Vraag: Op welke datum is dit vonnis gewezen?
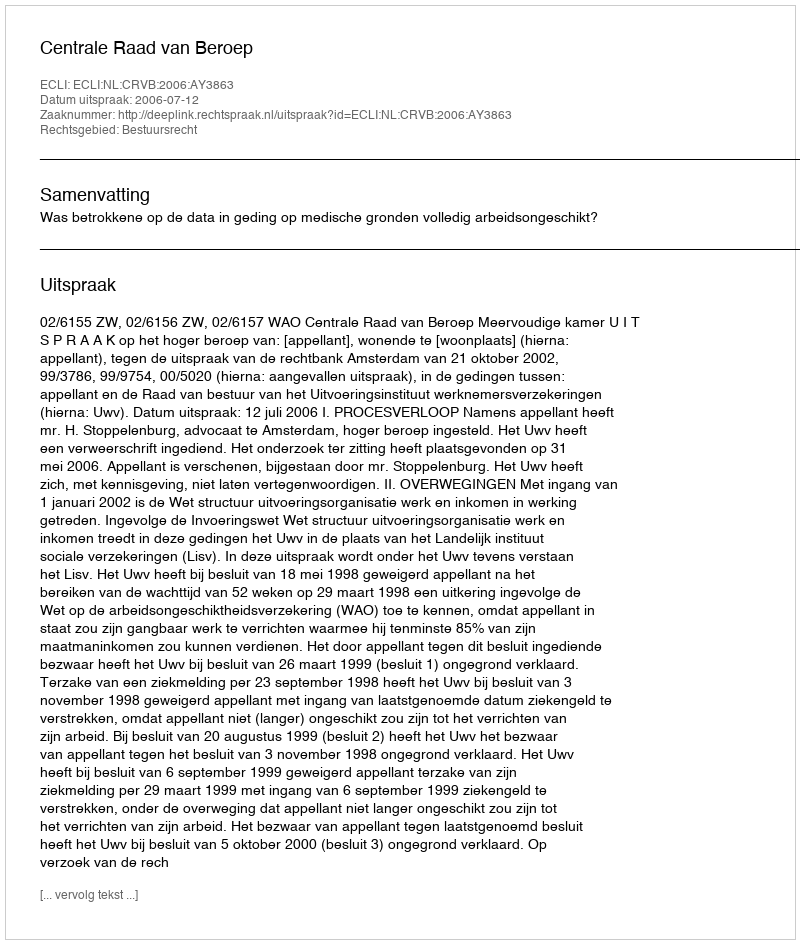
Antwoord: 2006-07-12